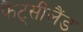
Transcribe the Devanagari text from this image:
फैंट्सीलैंड